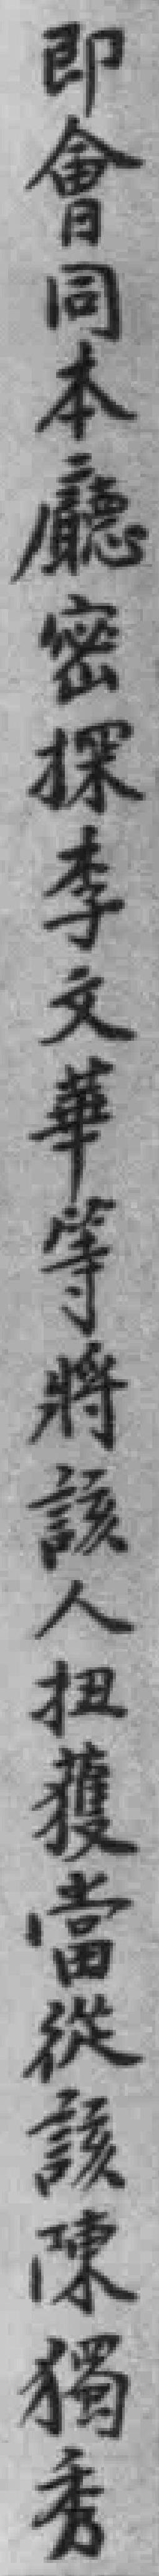
即會同本廳密探李文華等將該人扭獲當從該陳獨秀